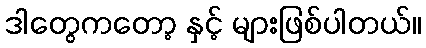
ဒါတွေကတော့ နှင့် များဖြစ်ပါတယ်။